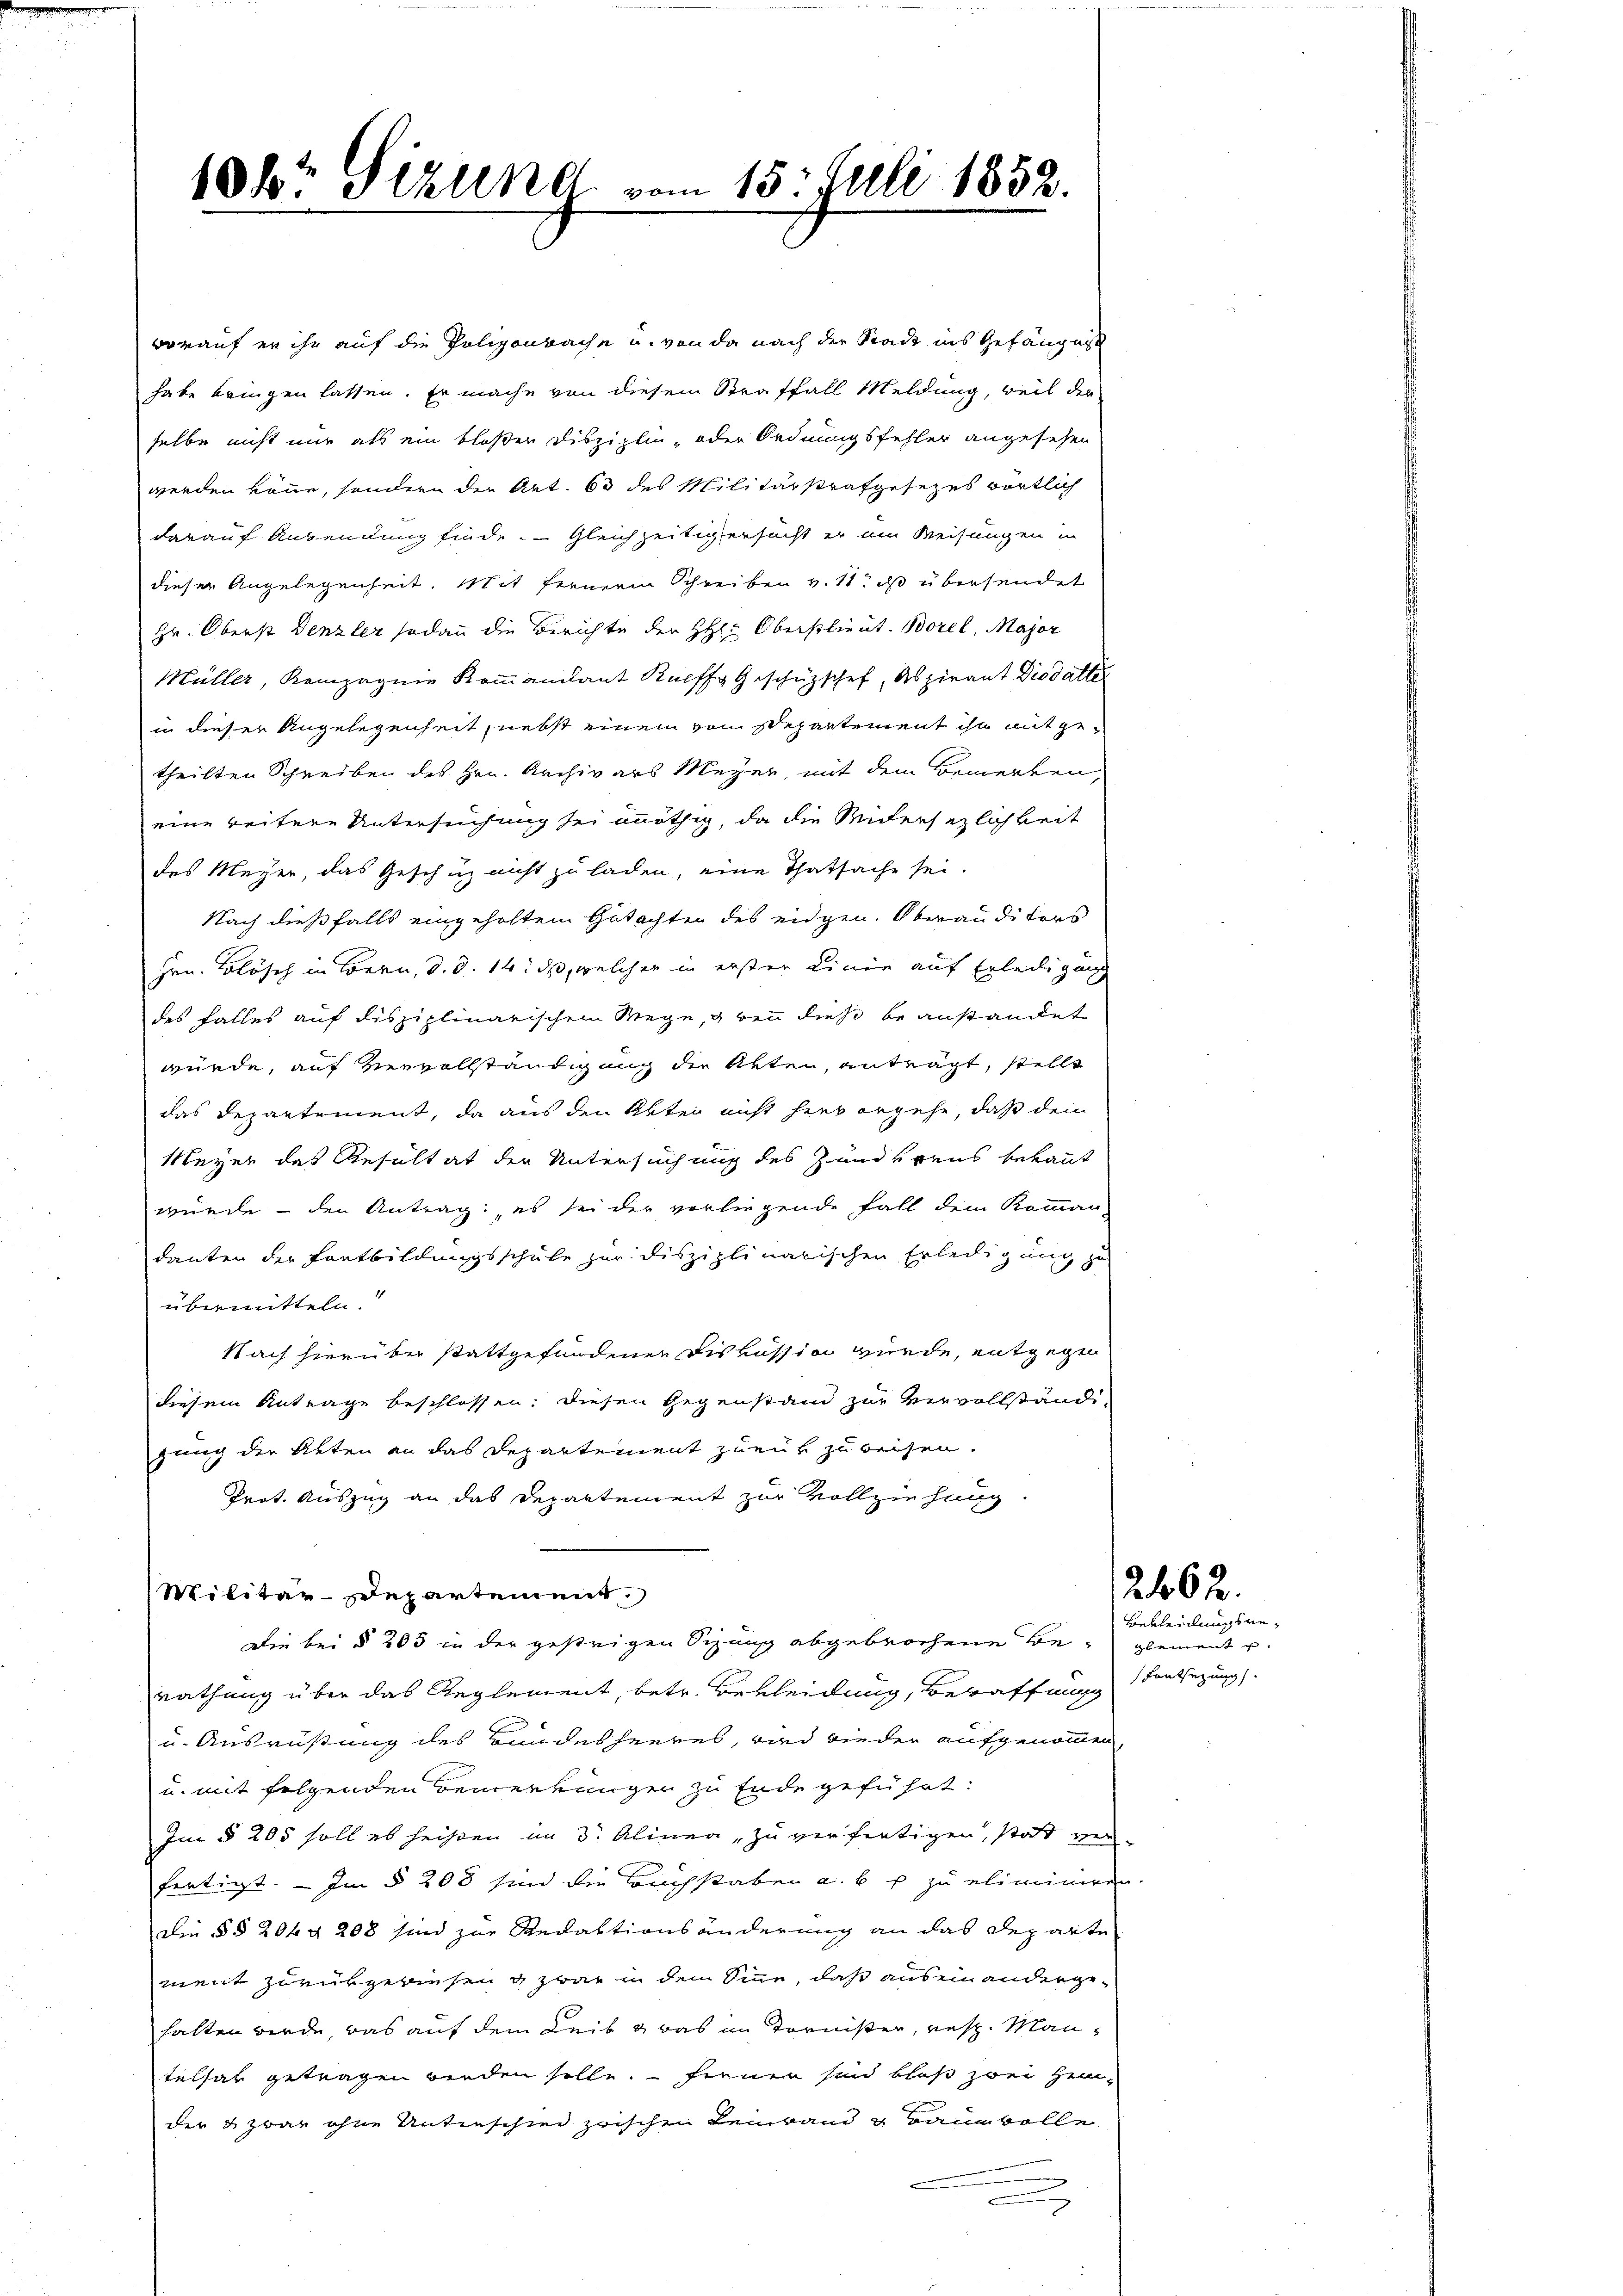
10kr. Stzung vom 15. Juli 1852.

worauf er ihr auf die Polizenbache u. von da nach der Stadt ins Gefängnis
habe bringen lassen. Er mache von diesem Straffall Meldung, weil der
selbe nicht nur als ein bloßer Disziplin- oder Ordnungsfehler angesehen
werden könne, sondern der Art. 63 des Militärstrafgesezes wörtlich
darauf Anwendung finde. Gleichzeitigensacht er ein Weisungen in
dieser Angelegenheit. Mit fernerm Schreiben v. 11. ds übersendet
Hr. Oberst Denzler sodann die Berichte der HHl: Oberstlieut. Borel, Major
Müller, Kompagnie Kommandant Rueffs Geschüzschef, Aspirant Diodatte
in dieser Angelegenheit, nebst einem vom Departement ihn mitgetheilten Schreiben des Hrn. Archivars Meyer, mit dem Bemerken,
eine weitere Untersuchung sei nöthig, da die Widersetzlichkeit
des Meyer, das Geschuz nicht zu laden, eine Thatsache sei.
Nach dießfalls eingeholten Gutachten des eidgen. Oberauditors
Hrn. Blösch in Bern, d. d. 14. d, welcher in erster einen auf Erledigung
des Falles auf disziplinarischem Wege, bei dies beanstandet
würde, auf Vervollständigung die Akten, anträgt, stellt
das Departement, da aus den Akten nicht hievorgehe, daß dem
Meyer das Resultat der Untersuchung des Zunderens bekannt
würde - den Antrag: es sei der vorliegende Fall dem Komman-
danten der Fortbildungsschule zur disziplinarischen Erledigung zu
übermitteln.
Nach hierüber stattgefundenen Diskussion wurde, entgegen
diesem Antrage beschlossen: Diesen Gegenstand zur Vervollständi-
zung der Akten an das Departement zuruk zu weisen.
Prot. Auszug an das Departement zur Vollziehung
Militär-Departement.
Die bei § 205 in der gestrigen Sizung abgebrochene Beglement u.
rathung über das Reglement, betr. Bekleidung, Beraffung entsezung
u. Ausrüstung des Bundesheeres, wird wieder aufgenommen,
u. mit folgenden Bemerkungen zu Ende geführt:
Im § 205 soll es heißen im 3. Alinea, zu verfertigen, stat mi
fertigt. — Im § 208 sind die Buchstaben u. b u. zu eliminiren
Die §§ 204 § 208 sind zur Redaktionsänderung an das Departe
ment zurükgewiesen & zwar in dem Sinne, daß ausein andergehalten werde, das auf dem Leib & was in Tornister, resp. Mantelsar getragen werden solle. Ferner sind bloß zwei Heinder & zwar ohne Unterschied zwischen Leinwand u Baumwolle

2462.

Bekleidungswe¬